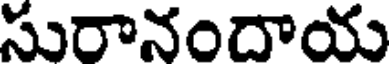
సురానందాయ